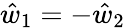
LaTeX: \hat{w}_{1}=-\hat{w}_{2}